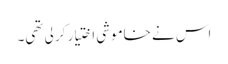
اس نے خاموشی اختیار کر لی تھی۔